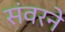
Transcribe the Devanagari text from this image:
संवरने